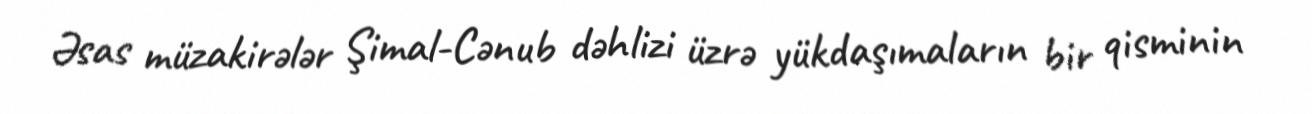
Əsas müzakirələr Şimal-Cənub dəhlizi üzrə yükdaşımaların bir qisminin